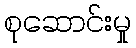
စုဆောင်းမှု